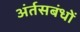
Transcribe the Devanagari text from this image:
अंर्तसबंधों